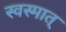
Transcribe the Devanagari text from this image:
स्वस्मात्